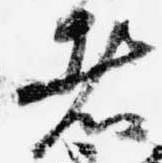
者